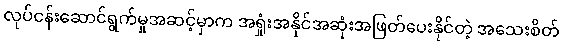
လုပ်ငန်းဆောင်ရွက်မှုအဆင့်မှာက အရှုံးအနိုင်အဆုံးအဖြတ်ပေးနိုင်တဲ့ အသေးစိတ်